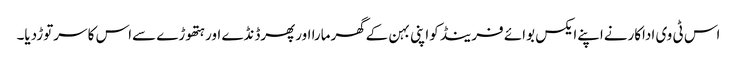
اس ٹی وی اداکارنےاپنےایکس بوائے فرینڈ کواپنی بہن کےگھرمارا اورپھرڈنڈے اورہتھوڑے سےاس کا سرتوڑدیا۔